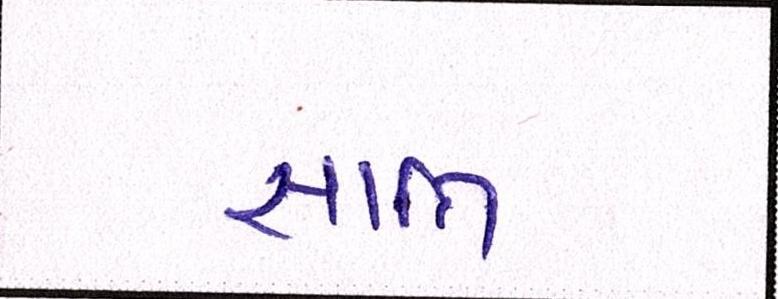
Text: જ્ઞાાતિ